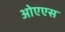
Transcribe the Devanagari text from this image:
ओएएस